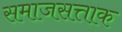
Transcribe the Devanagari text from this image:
समाजसत्ताक